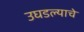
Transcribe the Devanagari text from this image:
उघडल्‍याचे